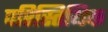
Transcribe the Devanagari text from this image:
परिस्तिथिक